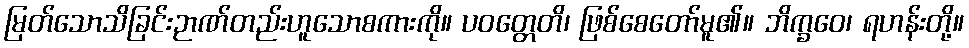
မြတ်သောသိခြင်းဉာဏ်တည်းဟူသောစကားကို။ ပဝတ္တေတိ၊ ဖြစ်စေတော်မူ၏။ ဘိက္ခဝေ၊ ရဟန်းတို့။